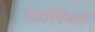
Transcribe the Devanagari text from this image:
पालिशों